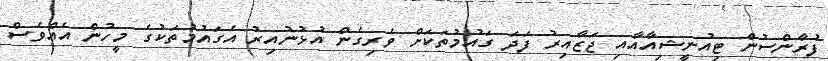
ފުރާންސުން ޓިއުނީޝިއާއާއި ޖަޒާއިރު ފަދަ ގައުމުތަކަށް ވެރިގެން އުޅުނުއިރު އެގައުމުތަކުގެ މީހުން އެއްވެސް